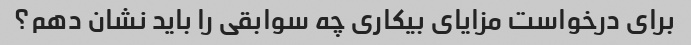
برای درخواست مزایای بیکاری چه سوابقی را باید نشان دهم؟